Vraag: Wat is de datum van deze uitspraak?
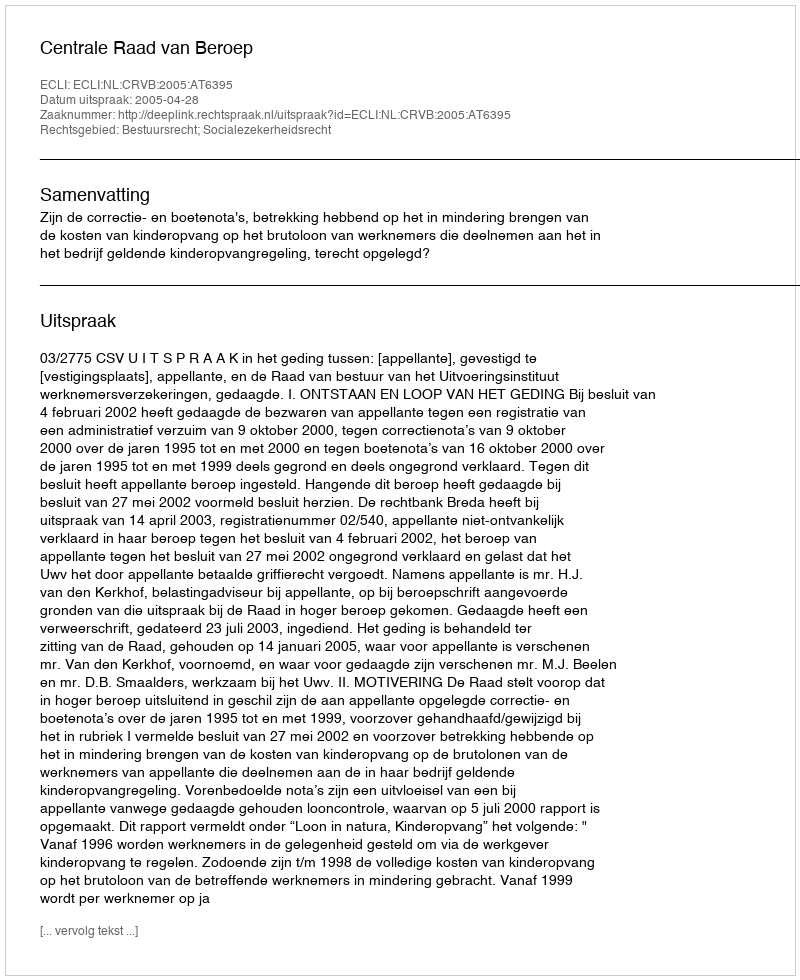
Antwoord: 2005-04-28